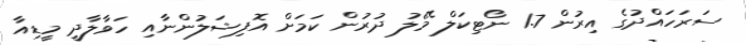
ސަރަހައްދުގެ އިރުން 1.7 ނޯޓިކަލް މޭލު ދުރުން ކަމަށް އޮފިޝަލުންނާއި ހަވާލާދީ މީޑިއާ